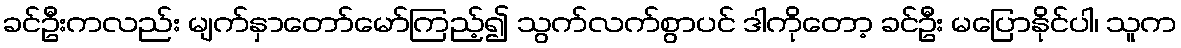
ခင်ဦးကလည်း မျက်နှာတော်မော်ကြည့်၍ သွက်လက်စွာပင် ဒါကိုတော့ ခင်ဦး မပြောနိုင်ပါ၊ သူက